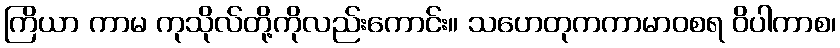
ကြိယာ ကာမ ကုသိုလ်တို့ကိုလည်းကောင်း။ သဟေတုကကာမာဝစရ ဝိပါကာစ၊